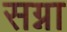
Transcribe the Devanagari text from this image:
सग्ना